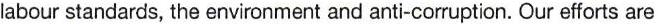
labour standards, the environment and anti-corruption. Our efforts are